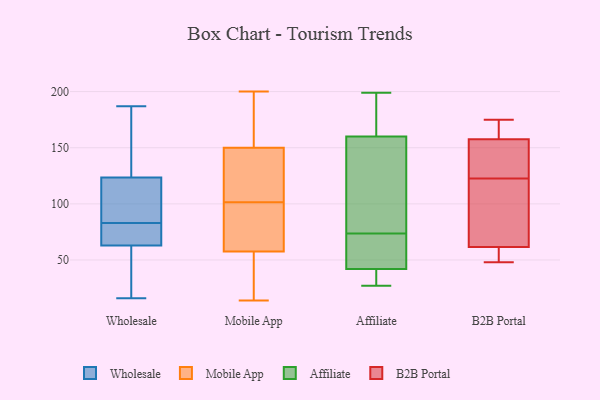
{"axis": {"x": "Backlog", "y": "Value"}, "legend": ["Affiliate", "B2B Portal", "Mobile App", "Wholesale"], "data": [{"x": "", "y": 16, "type": "Wholesale"}, {"x": "", "y": 136, "type": "Wholesale"}, {"x": "", "y": 109, "type": "Wholesale"}, {"x": "", "y": 143, "type": "Wholesale"}, {"x": "", "y": 187, "type": "Wholesale"}, {"x": "", "y": 122, "type": "Wholesale"}, {"x": "", "y": 22, "type": "Wholesale"}, {"x": "", "y": 69, "type": "Wholesale"}, {"x": "", "y": 54, "type": "Wholesale"}, {"x": "", "y": 80, "type": "Wholesale"}, {"x": "", "y": 105, "type": "Wholesale"}, {"x": "", "y": 118, "type": "Wholesale"}, {"x": "", "y": 66, "type": "Wholesale"}, {"x": "", "y": 128, "type": "Wholesale"}, {"x": "", "y": 83, "type": "Wholesale"}, {"x": "", "y": 53, "type": "Wholesale"}, {"x": "", "y": 81, "type": "Wholesale"}, {"x": "", "y": 153, "type": "Mobile App"}, {"x": "", "y": 61, "type": "Mobile App"}, {"x": "", "y": 200, "type": "Mobile App"}, {"x": "", "y": 200, "type": "Mobile App"}, {"x": "", "y": 54, "type": "Mobile App"}, {"x": "", "y": 68, "type": "Mobile App"}, {"x": "", "y": 51, "type": "Mobile App"}, {"x": "", "y": 14, "type": "Mobile App"}, {"x": "", "y": 88, "type": "Mobile App"}, {"x": "", "y": 115, "type": "Mobile App"}, {"x": "", "y": 147, "type": "Mobile App"}, {"x": "", "y": 142, "type": "Mobile App"}, {"x": "", "y": 29, "type": "Affiliate"}, {"x": "", "y": 71, "type": "Affiliate"}, {"x": "", "y": 57, "type": "Affiliate"}, {"x": "", "y": 199, "type": "Affiliate"}, {"x": "", "y": 42, "type": "Affiliate"}, {"x": "", "y": 52, "type": "Affiliate"}, {"x": "", "y": 79, "type": "Affiliate"}, {"x": "", "y": 30, "type": "Affiliate"}, {"x": "", "y": 134, "type": "Affiliate"}, {"x": "", "y": 53, "type": "Affiliate"}, {"x": "", "y": 166, "type": "Affiliate"}, {"x": "", "y": 160, "type": "Affiliate"}, {"x": "", "y": 184, "type": "Affiliate"}, {"x": "", "y": 27, "type": "Affiliate"}, {"x": "", "y": 27, "type": "Affiliate"}, {"x": "", "y": 121, "type": "Affiliate"}, {"x": "", "y": 76, "type": "Affiliate"}, {"x": "", "y": 183, "type": "Affiliate"}, {"x": "", "y": 148, "type": "B2B Portal"}, {"x": "", "y": 175, "type": "B2B Portal"}, {"x": "", "y": 171, "type": "B2B Portal"}, {"x": "", "y": 147, "type": "B2B Portal"}, {"x": "", "y": 70, "type": "B2B Portal"}, {"x": "", "y": 144, "type": "B2B Portal"}, {"x": "", "y": 169, "type": "B2B Portal"}, {"x": "", "y": 128, "type": "B2B Portal"}, {"x": "", "y": 56, "type": "B2B Portal"}, {"x": "", "y": 117, "type": "B2B Portal"}, {"x": "", "y": 48, "type": "B2B Portal"}, {"x": "", "y": 61, "type": "B2B Portal"}, {"x": "", "y": 166, "type": "B2B Portal"}, {"x": "", "y": 53, "type": "B2B Portal"}, {"x": "", "y": 160, "type": "B2B Portal"}, {"x": "", "y": 55, "type": "B2B Portal"}, {"x": "", "y": 155, "type": "B2B Portal"}, {"x": "", "y": 98, "type": "B2B Portal"}, {"x": "", "y": 98, "type": "B2B Portal"}, {"x": "", "y": 62, "type": "B2B Portal"}]}